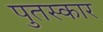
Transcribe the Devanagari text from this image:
पुतस्कार